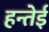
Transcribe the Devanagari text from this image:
हन्तेई